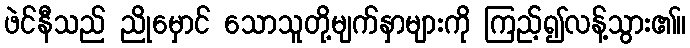
ဖဲင်နီသည် ညိုမှောင် သောသူတို့မျက်နှာများကို ကြည့်၍လန့်သွား၏။